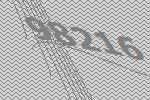
98216